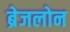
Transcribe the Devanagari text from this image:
ब्रेजलोन